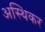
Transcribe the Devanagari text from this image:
अस्थिकर